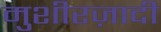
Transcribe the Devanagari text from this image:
मुशीरज़ादी